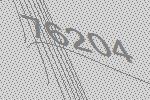
76204